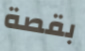
بقصة